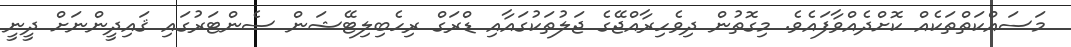
މަސައްކަތްތަކެއް ކޮށްދެއްވާފައެވެ. މިގޮތުން ދިވެހިރާއްޖޭގެ ޖަލުތަކުގައާއި ޑްރަގް ރިހެބިލިޓޭޝަން ސެންޓަރުގައި ޤައިދީންނަށް ދީނީ